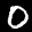
Label: 0